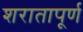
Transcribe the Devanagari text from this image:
शरातापूर्ण